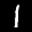
Label: 1